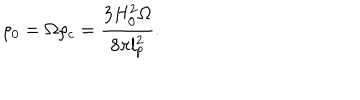
LaTeX: \rho _ { 0 } = \Omega \rho _ { c } = \frac { 3 H _ { 0 } ^ { 2 } \Omega } { 8 \pi l _ { p } ^ { 2 } } .